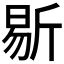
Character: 𣂨